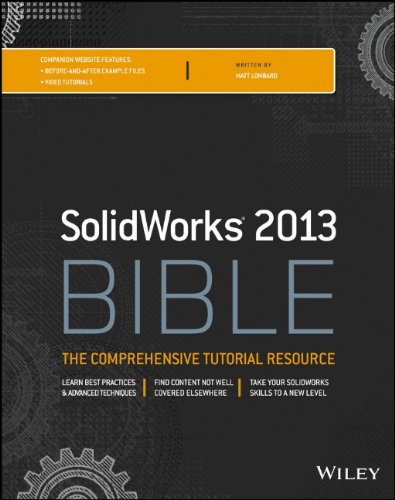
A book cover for Solidworks 2013 Bible; Matt Lombard; Engineering & Transportation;